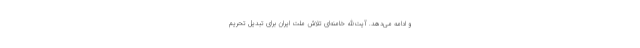
و ادامه می‌دهد. آیت‌الله خامنه‌ای تلاش ملت ایران برای تبدیل تحریم